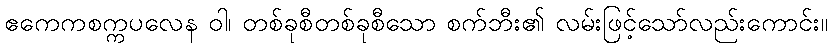
ဧကေကစက္ကပလေန ဝါ၊ တစ်ခုစီတစ်ခုစီသော စက်ဘီး၏ လမ်းဖြင့်သော်လည်းကောင်း။